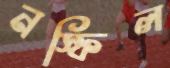
নস্ফিল